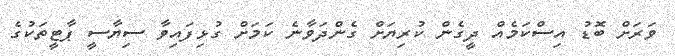
ވަރަށް ބޮޑު އިސްކަމެއް ދީގެން ކުރިޔަށް ގެންދަވާނެ ކަމަށް ގުޅިފައިވާ ސިޔާސީ ޕާޓީތަކުގެ